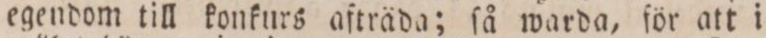
egendom till konkurs afträda; ſå warda, för att i